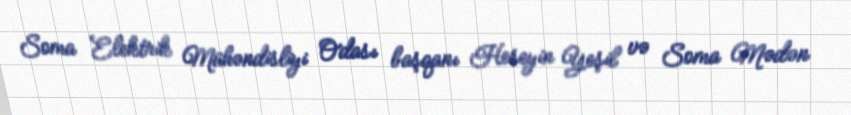
Soma Elektrik Mühəndisliyi Odası başqanı Heseyin Yeşil və Soma Mədən